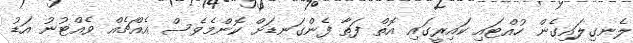
ލެނގިލައިގެން ހުއްޓައި ކައިރީގައި އޮތް ފަތާ ފެންގަނޑަށް ކޮންމެވެސް އެއްޗެއް ވެއްޓުނު އަޑު